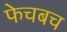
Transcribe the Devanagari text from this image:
फेचबच